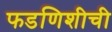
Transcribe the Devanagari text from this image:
फडणिशीची